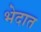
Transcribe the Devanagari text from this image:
भेदात